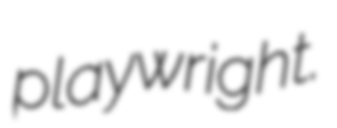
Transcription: playwright.